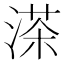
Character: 𦴶